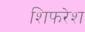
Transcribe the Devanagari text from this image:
शिफरेश